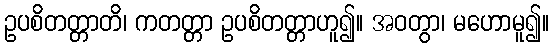
ဥပစိတတ္တာတိ၊ ကတတ္တာ ဥပစိတတ္တာဟူ၍။ အဝတွာ၊ မဟောမူ၍။